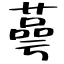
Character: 蕚